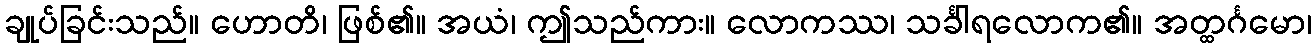
ချုပ်ခြင်းသည်။ ဟောတိ၊ ဖြစ်၏။ အယံ၊ ဤသည်ကား။ လောကဿ၊ သင်္ခါရလောက၏။ အတ္ထင်္ဂမော၊